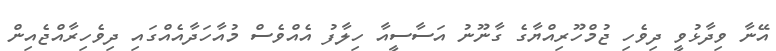
އޭނާ ވިދާޅުވީ ދިވެހި ޖުމްހޫރިއްޔާގެ ގާނޫނު އަސާސީއާ ހިލާފު އެއްވެސް މުއާހަދާއެއްގައި ދިވެހިރާއްޖެއިން